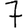
Digit: 7